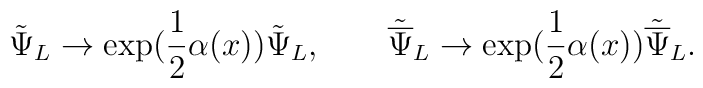
{\tilde\Psi}_L \rightarrow \exp(\frac{1}{2}\alpha(x)){\tilde\Psi}_L, \qquad{\tilde{\overline\Psi}}_L \rightarrow \exp(\frac{1}{2}\alpha(x)){\tilde{\overline\Psi}}_L.